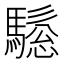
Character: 𱄰